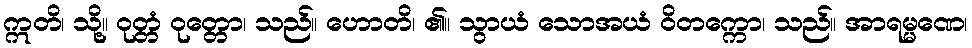
ဣတိ၊ သို့။ ဝုတ္တံ ဝုတ္တော၊ သည်။ ဟောတိ၊ ၏။ သွာယံ သောအယံ ဝိတက္ကော၊ သည်။ အာရမ္မဏေ၊